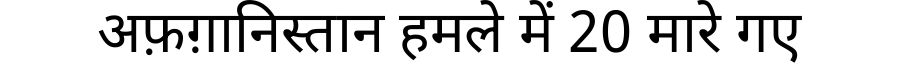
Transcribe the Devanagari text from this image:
अफ़ग़ानिस्तान हमले में 20 मारे गए